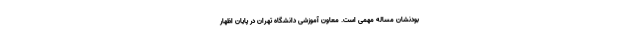
بودنشان مساله مهمی است. معاون آموزشی دانشگاه تهران در پایان اظهار